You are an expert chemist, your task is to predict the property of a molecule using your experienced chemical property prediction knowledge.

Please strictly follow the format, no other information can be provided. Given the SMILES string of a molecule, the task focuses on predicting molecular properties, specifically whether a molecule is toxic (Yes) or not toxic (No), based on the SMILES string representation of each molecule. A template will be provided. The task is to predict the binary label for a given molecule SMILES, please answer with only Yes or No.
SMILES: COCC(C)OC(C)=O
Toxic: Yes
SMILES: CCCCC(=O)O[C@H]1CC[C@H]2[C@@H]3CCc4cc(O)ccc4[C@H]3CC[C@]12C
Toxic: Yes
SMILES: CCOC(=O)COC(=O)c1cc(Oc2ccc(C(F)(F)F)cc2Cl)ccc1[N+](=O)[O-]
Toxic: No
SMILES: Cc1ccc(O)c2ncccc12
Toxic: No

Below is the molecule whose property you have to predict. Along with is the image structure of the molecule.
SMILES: Nc1ccc(C(=O)O)cc1
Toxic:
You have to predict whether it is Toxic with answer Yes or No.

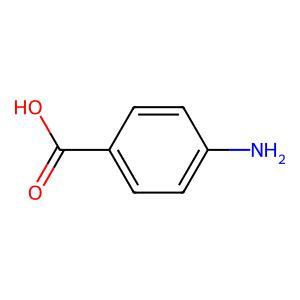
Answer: No